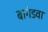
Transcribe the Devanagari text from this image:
बागंडवा